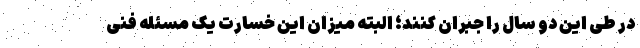
در طی این دو سال را جبران کنند؛ البته میزان این خسارت یک مسئله فنی